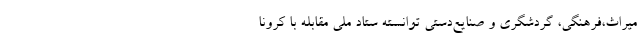
میراث‌،فرهنگی، گردشگری و صنایع‌دستی توانسته ستاد ملی مقابله با کرونا